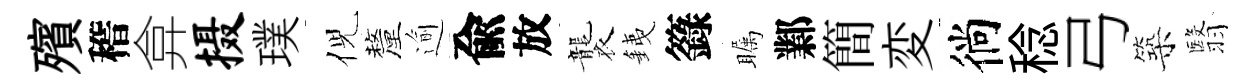
殯稽弇摄璞倪釐逾兪放襲銕籙瞩鄴簡変徜稔弓築翳